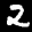
Label: 2